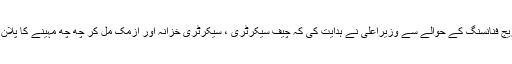
گورنمنٹ بریج فنانسنگ کے حوالے سے وزیراعلیٰ نے ہدایت کی کہ چیف سیکرٹری ، سیکرٹری خزانہ اور ازمک مل کر چھ چھ مہینے کا پلان وضع کریں۔